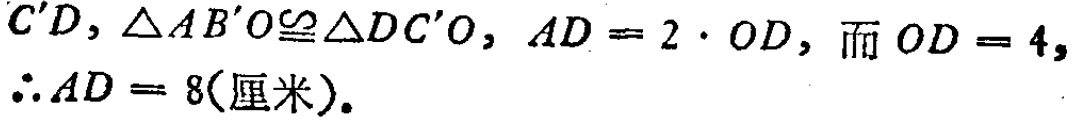
$C'D,\triangle AB'O\cong\triangle DC'O,AD = 2\cdot OD,而OD = 4,\\\therefore AD = 8(厘米).$